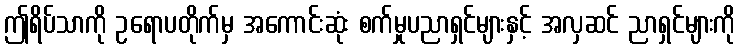
ဤရိပ်သာကို ဥရောပတိုက်မှ အကောင်းဆုံး စက်မှုပညာရှင်များနှင့် အလှဆင် ညာရှင်များကို